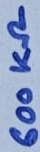
Text: 600KΩ